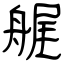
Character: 艉